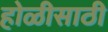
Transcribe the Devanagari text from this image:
होळीसाठी